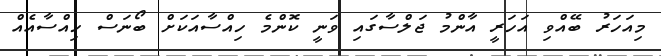
މިއަހަރު ބޭއްވި އަހަރީ އާންމު ޖަލްސާގައި ވަނީ ކޮންމެ ހިއްސާއަކަށް ބޯނަސް ހިއްސާއެއް